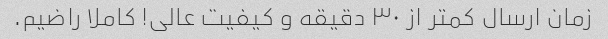
زمان ارسال کمتر از ۳۰ دقیقه و کیفیت عالی! کاملا راضیم.